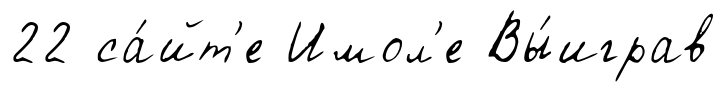
22 са́йт'е Имол'е Вы́играв